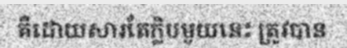
គឺដោយសារតែក្លិបមួយនេះ ត្រូវបាន